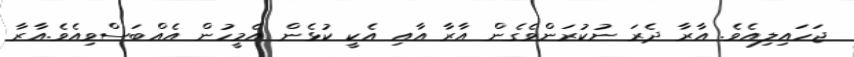
ޖަހައިލިއެވެ. އާރާ ދެރަ ނުކުރަންވެގެން އާރާ އާއި އެކީ ކުޅެން އެމީހުން އެއްބަސްވިއެވެ.އާރާ